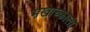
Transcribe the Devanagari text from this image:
मखाच्काला